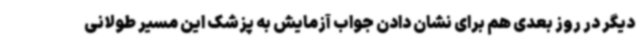
دیگر در روز بعدی هم برای نشان دادن جواب آزمایش به پزشک این مسیر طولانی